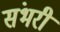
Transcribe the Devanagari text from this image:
संभरी